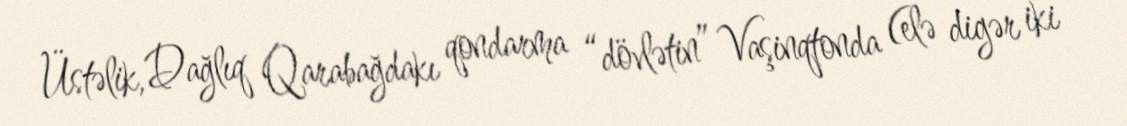
Üstəlik, Dağlıq Qarabağdakı qondarma “dövlətin” Vaşinqtonda (elə digər iki